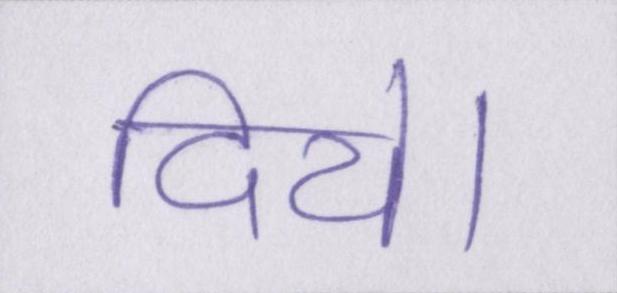
दिये।